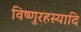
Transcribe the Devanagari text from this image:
विष्णुरहस्यादि